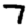
Digit: 7